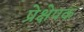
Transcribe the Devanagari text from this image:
प्रेक्षेपक